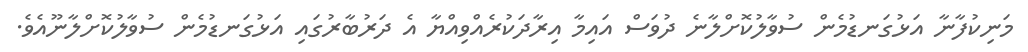
މަނިކުފާނާ އަޅުގަނޑުމެން ސުވާލުކޮށްލާނެ ދުވަސް އައިމާ އިރާދަކުރެއްވިއްޔާ އެ ދަރުބާރުގައި އަޅުގަނޑުމެން ސުވާލުކޮށްލާނޫއެވެ.